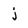
Character: j